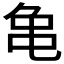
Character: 𪛉